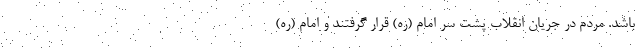
باشد. مردم در جریان انقلاب پشت سر امام (ره) قرار گرفتند و امام (ره)